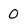
Character: 0